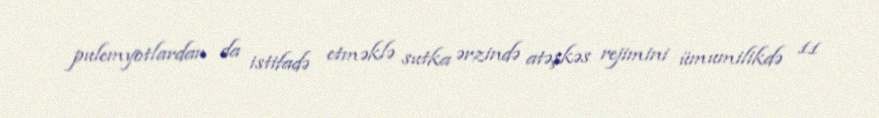
pulemyotlardan da istifadə etməklə sutka ərzində atəşkəs rejimini ümumilikdə 11